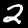
Digit: 2